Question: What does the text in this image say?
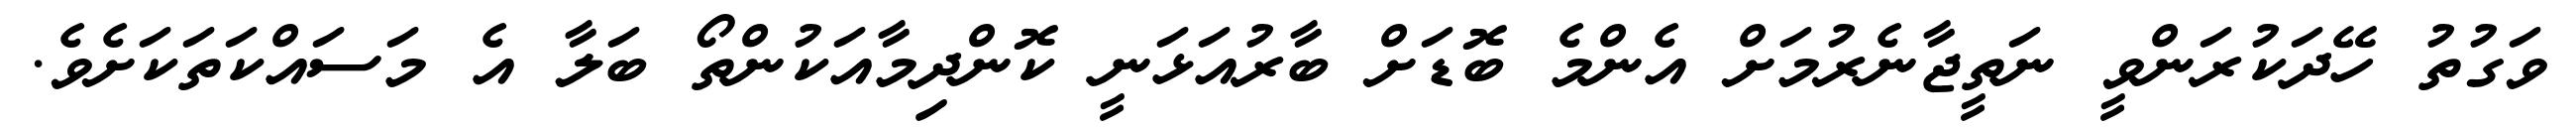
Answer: ވަގުތު ހޭދަކުރަންވީ ނަތީޖާނެރުމަށް އެންމެ ބޮޑަށް ބާރުއަޅަނީ ކޮންދިމާއަކުންތޯ ބަލާ އެ މަސައްކަތަކަށެވެ.